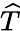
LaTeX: \widehat{T}